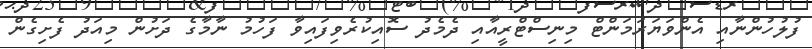
ފުލުހުންނާއި އެންވަޔަރަމަންޓް މިނިސްޓްރީއާއި ދެމެދު ސޮއިކުރެވިފައިވާ ފަހުމު ނާމާގެ ދަށުން މިއަދު ފެށިގެން